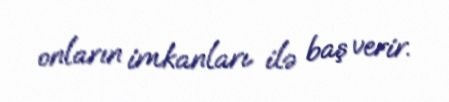
onların imkanları ilə baş verir.